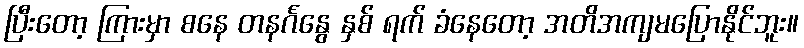
ပြီးတော့ ကြားမှာ စနေ တနင်္ဂနွေ နှစ် ရက် ခံနေတော့ အတိအကျမပြောနိုင်ဘူး။